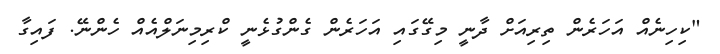
"ކިހިނެއް އަހަރެން ތިރިއަށް ދާނީ މިގޭގައި އަހަރެން ގެންގުޅެނީ ކްރިމިނަލްއެއް ހެންނޭ. ފައިގާ